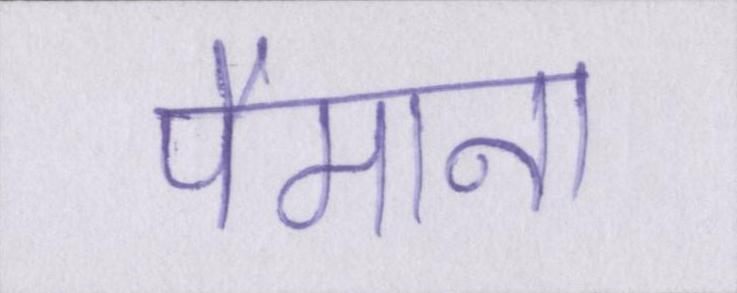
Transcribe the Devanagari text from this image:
पैमाना